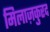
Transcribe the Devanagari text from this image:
मिलाज़कुरद